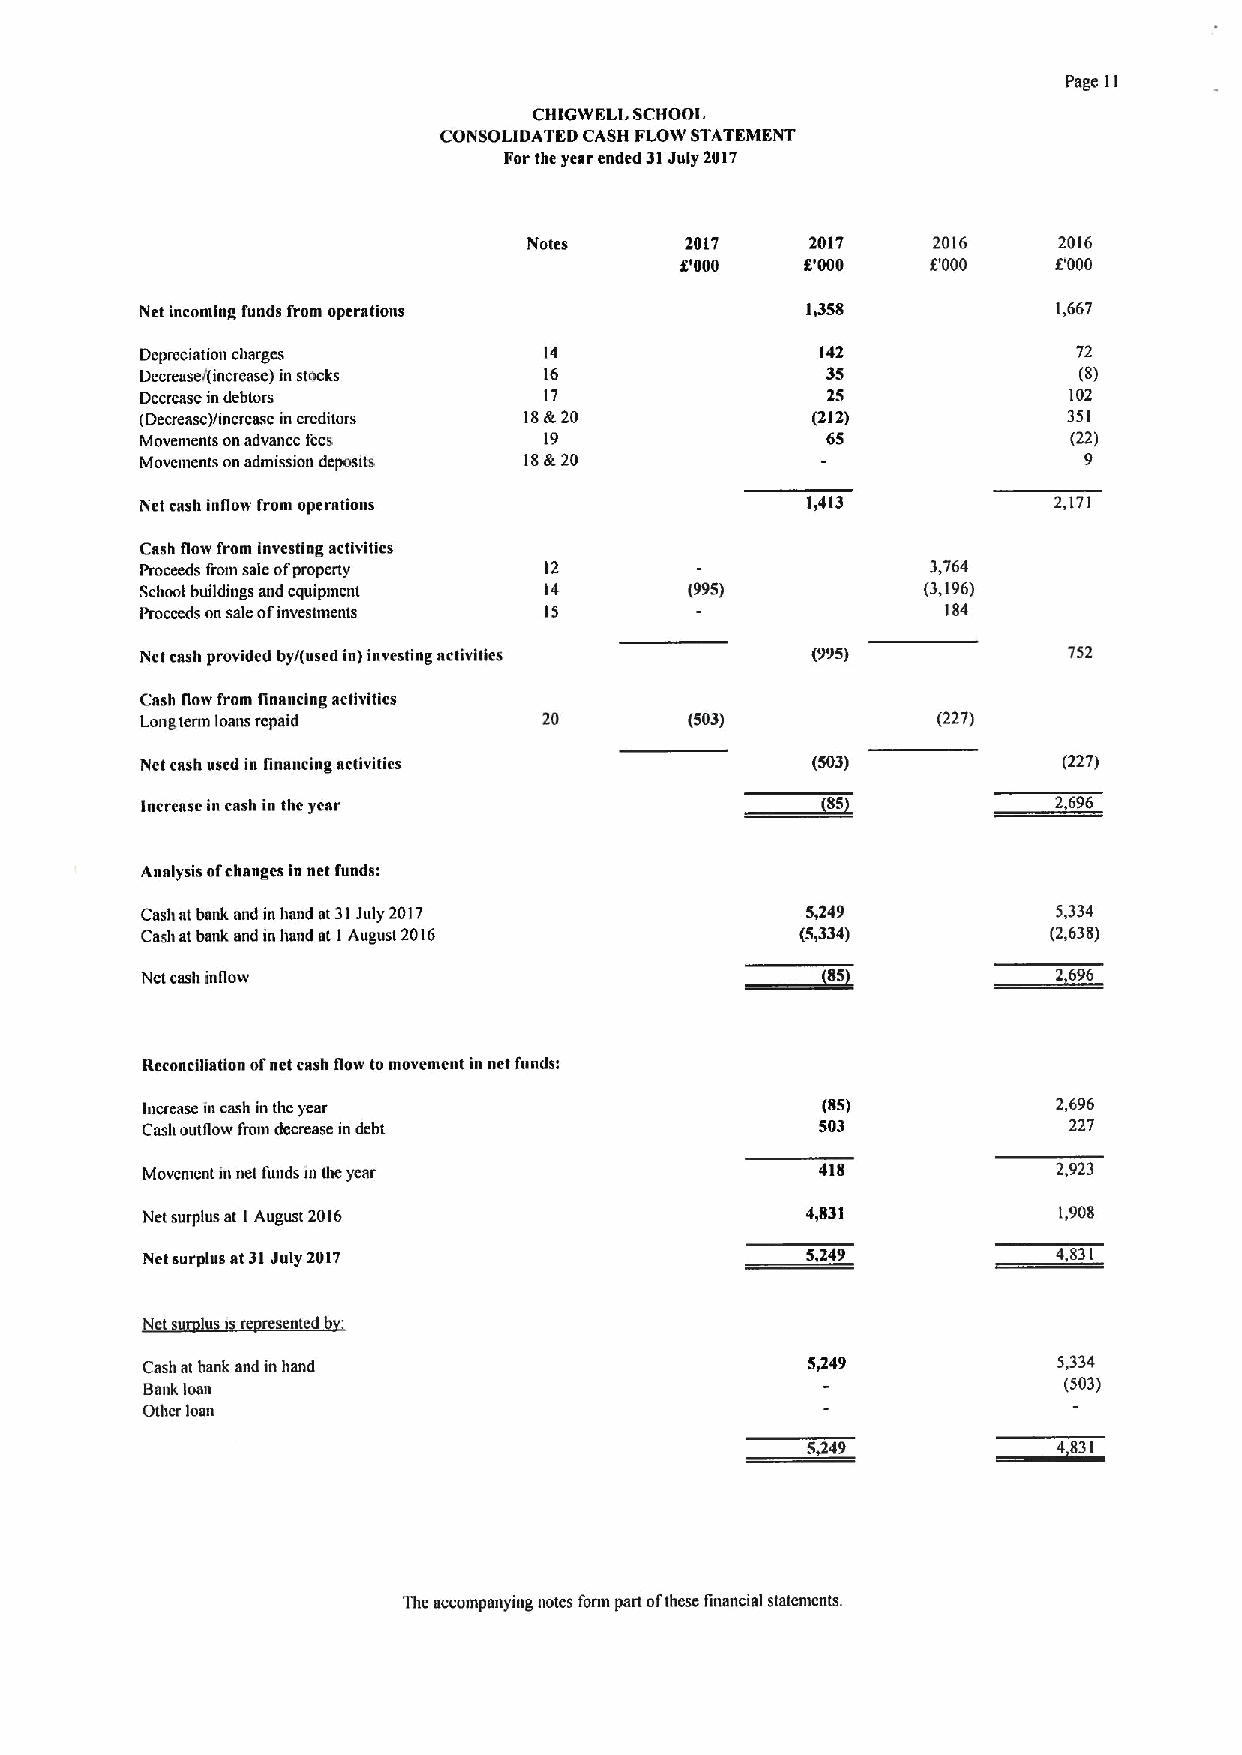
Page 11
 CHIGWELI, SCHOOL
 CONSOLIDATED CASH FLOW STATEMENT
 Forthe year ended 31July 2017
 Notes     2017     2017    2016    2016
 8'000   5'000    F000    F000
 Net incoming funds from operations          1,358            1,667
 Depreciation charges       14                142              72
 Decrease/(increase) in stocks 16              35              (8)
 Decrease indebtors         17                 25              102
 (Decrease)/increase in creditors 18tt 20     (212)            351
 Movements onadvance fees   19                 65              (22)
 Movements onadmission deposits 18R20                           9
 Net cash inllow from operations             1,413            2,171
 Cash flow from investing activities
 Proceeds from sale ofproperty 12                     3,764
 School buildings and equipment 14    (995)          (3,196)
 Proceeds on sale ofinvestments 15                     184
 Nct cash provided by/(used in) investing activities (995)     752
 Cash flow from financing activities
 Long term loans repaid     20        (503)           (227)
 Nct cash used in financing activities        (503)           (227)
 increase in cash in thc year                                 2,696
 Analysis ofchanges in net funds:
 Casts at bank and in hand at31July 2017     5,249            5,334
 Casli at bank and in hand at IAugusi 2016   (5,334)          (2,638)
 Net cash inflow
 Reconciliation ofnet cash tlow to movemcnt in net funds:
 Increase in cash in thc year                 (85)            2,696
 Cash outflow fiom decrease in debt           503              227
 Movenient in net funds in the year           418             2,923
 Net surplus at I August 2016                4,831            1,908
 Net surplus at 31July 2017                  5,249            4,831
 Net su lu i resented
 Cash at bank and in hand                    5,249            5,334
 Bank loan                                                    (503)
 Other loan
 5,249
 The accompanying notes form part ofthese financial statements.